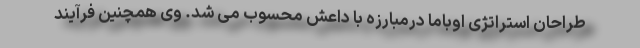
طراحان استراتژی اوباما درمبارزه با داعش محسوب می شد. وی همچنین فرآیند